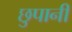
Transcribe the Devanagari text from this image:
छुपानी